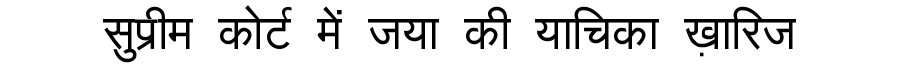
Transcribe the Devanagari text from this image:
सुप्रीम कोर्ट में जया की याचिका ख़ारिज